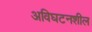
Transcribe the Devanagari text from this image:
अविघटनशील